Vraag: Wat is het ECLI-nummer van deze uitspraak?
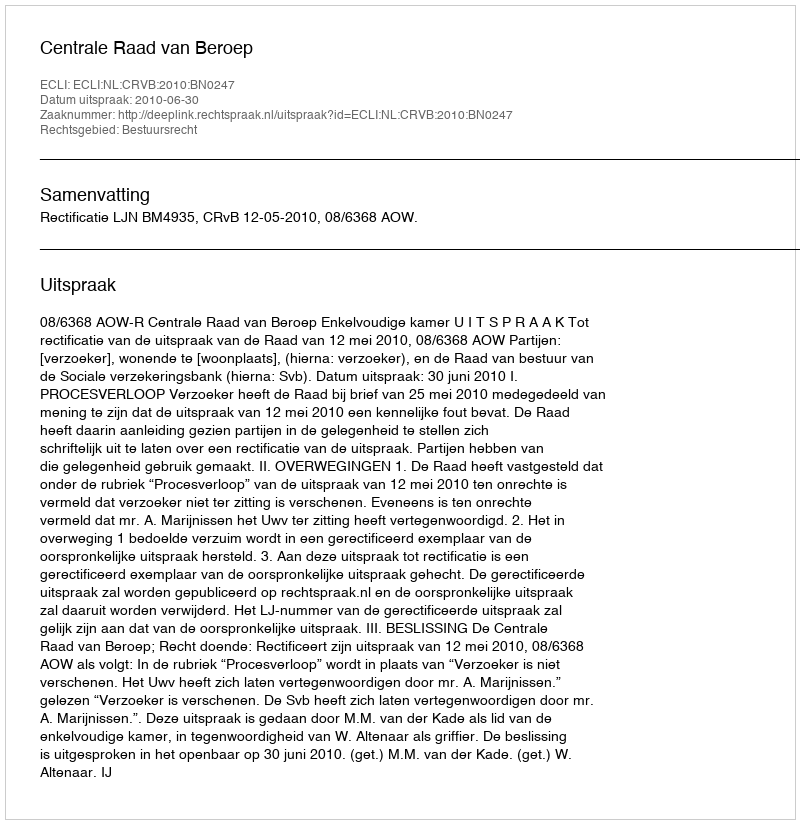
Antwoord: ECLI:NL:CRVB:2010:BN0247